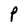
Character: P